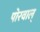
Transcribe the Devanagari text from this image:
पोरवाल्